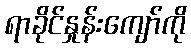
ရာခိုင်နှုန်းကျော်ကို